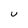
Character: u